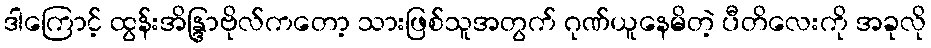
ဒါကြောင့် ထွန်းအိန္ဒြာဗိုလ်ကတော့ သားဖြစ်သူအတွက် ဂုဏ်ယူနေမိတဲ့ ပီတိလေးကို အခုလို